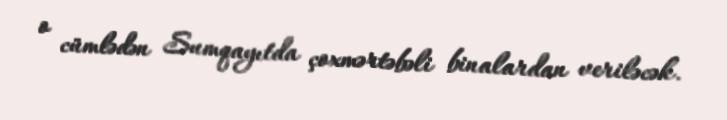
o cümlədən Sumqayıtda çoxmərtəbəli binalardan veriləcək.